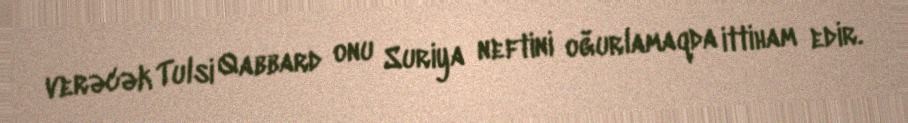
verəcək Tulsi Qabbard onu Suriya neftini oğurlamaqda ittiham edir.